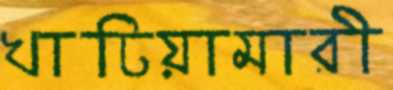
খাটিয়ামারী